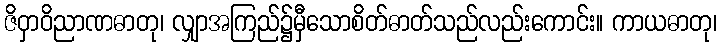
ဇိဝှာဝိညာဏဓာတု၊ လျှာအကြည်၌မှီသောစိတ်ဓာတ်သည်လည်းကောင်း။ ကာယဓာတု၊